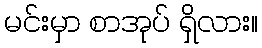
မင်းမှာ စာအုပ် ရှိလား။